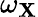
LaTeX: \omega_{\mathbf{X}}